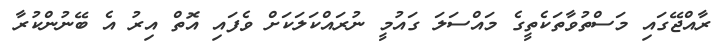
ރާއްޖޭގައި މަސްތުވާތަކެތީގެ މައްސަލަ ގައުމީ ނުރައްކަލަކަށް ވެފައި އޮތް އިރު އެ ބޭނުންކުރާ